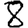
Digit: 8